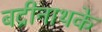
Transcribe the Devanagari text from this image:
बद्रीनाथके